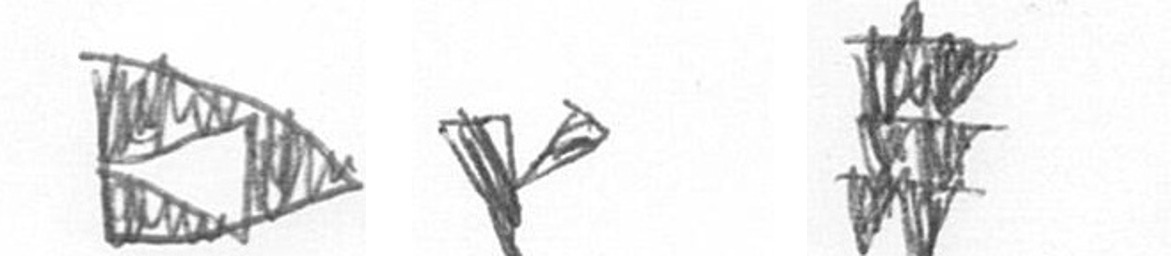
K F Y